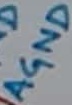
Text: AGND